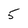
Character: 5